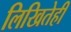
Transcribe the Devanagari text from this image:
लिखितेही